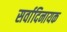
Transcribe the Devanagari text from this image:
सर्वादिनायक